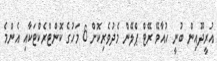
އުރީދޫއިން ބުނީ ހުއާވޭ ރޭޓް ޕްލޭން މެދުވެރިކޮށް 6 މަހުގެ ކޮންޓްރެކްޓަކާއި އެންމެ